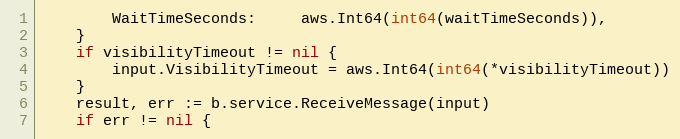
Language: Go
		WaitTimeSeconds:     aws.Int64(int64(waitTimeSeconds)),
	}
	if visibilityTimeout != nil {
		input.VisibilityTimeout = aws.Int64(int64(*visibilityTimeout))
	}
	result, err := b.service.ReceiveMessage(input)
	if err != nil {